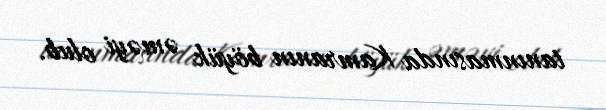
tanınmasında Kamranın böyük əməyi olub.